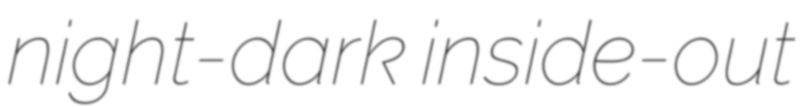
night-dark inside-out